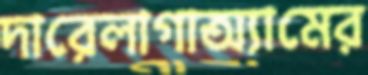
দারেলাগাঅ্যামের